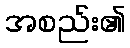
အစည်း၏